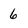
Character: 6